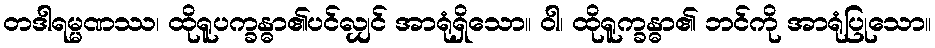
တဒါရမ္မဏဿ၊ ထိုရူပက္ခန္ဓာ၏ပင်လျှင် အာရုံရှိသော။ ဝါ၊ ထိုရူက္ခန္ဓာ၏ ဘင်ကို အာရုံပြုသော။